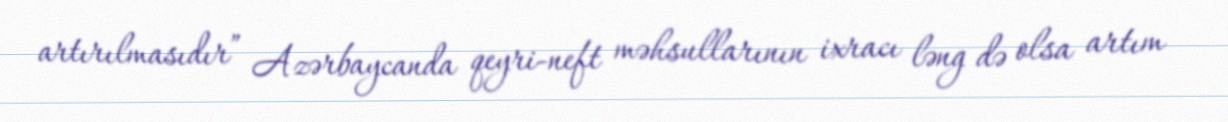
artırılmasıdır” Azərbaycanda qeyri-neft məhsullarının ixracı ləng də olsa artım